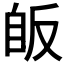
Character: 𦤇